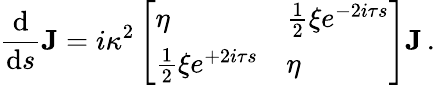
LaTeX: \frac{\mathrm{d}}{\mathrm{d}s}\boldsymbol{\mathrm J}=i\kappa^{2}\left[\begin{array}{ll}{\eta}&{\frac{1}{2}\xi e^{-2i\tau s}}\\ {\frac{1}{2}\xi e^{+2i\tau s}}&{\eta}\end{array}\right]\boldsymbol{\mathrm J}\, .